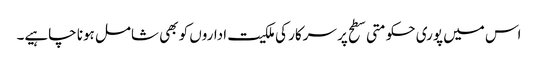
اس میں پوری حکومتی سطح پر سرکار کی ملکیت اداروں کو بھی شامل ہونا چاہیے۔